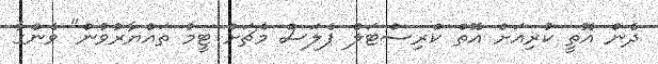
ދެން އޮތީ ކުރިއަށް އޮތް ކްރިސްޓަލް ޕެލަސް މެޗަށް ޓީމު ތައްޔާރުވުން" ވެންގާ